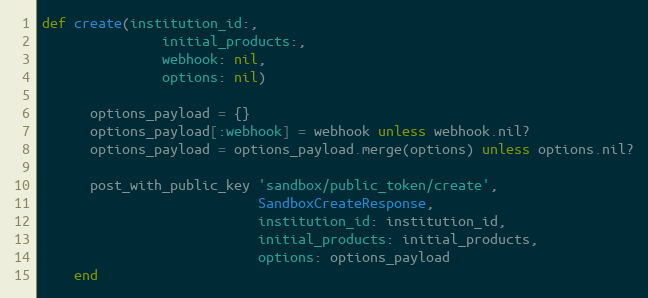
Language: Ruby
def create(institution_id:,
               initial_products:,
               webhook: nil,
               options: nil)

      options_payload = {}
      options_payload[:webhook] = webhook unless webhook.nil?
      options_payload = options_payload.merge(options) unless options.nil?

      post_with_public_key 'sandbox/public_token/create',
                           SandboxCreateResponse,
                           institution_id: institution_id,
                           initial_products: initial_products,
                           options: options_payload
    end